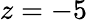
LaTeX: z=-5